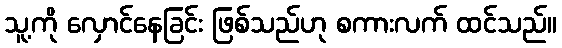
သူ့ကို လှောင်နေခြင်း ဖြစ်သည်ဟု စကားလက် ထင်သည်။